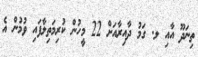
ތިނަދޫ އާއި ލ. ގަމު ދާއިރާއަށް 22 މީހުން ކުރިމަތިލާފައި ވުމުން އެ